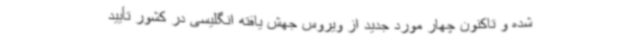
شده و تاکنون چهار مورد جدید از ویروس جهش یافته انگلیسی در کشور تأیید